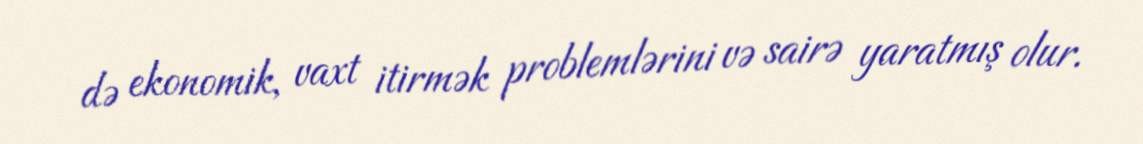
də ekonomik, vaxt itirmək problemlərini və sairə yaratmış olur.